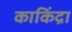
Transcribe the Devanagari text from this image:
काकिंद्रा